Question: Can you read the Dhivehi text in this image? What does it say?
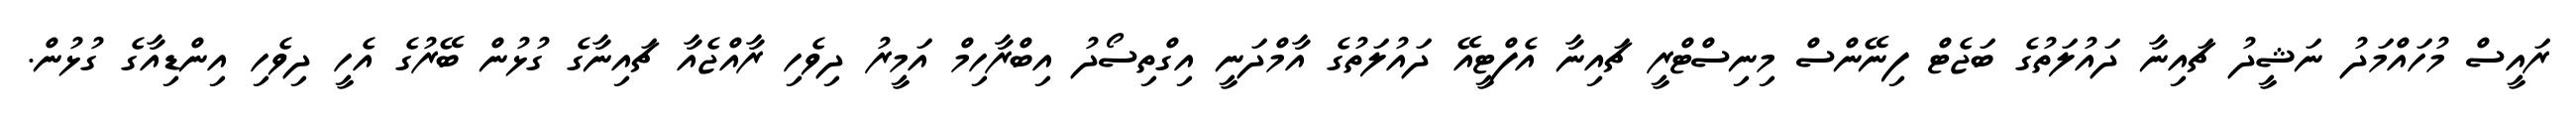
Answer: ރައީސް މުހައްމަދު ނަޝީދު ޗައިނާ ދައުލަތުގެ ބަޖެޓް ފިނޭންސް މިނިސްޓްރީ ޗައިނާ އެފްޓީއޭ ދައުލަތުގެ އާމްދަނީ އިގްތިސޯދު އިބްރާހިމް އަމީރު ދިވެހި ރާއްޖެއާ ޗައިނާގެ ގުޅުން ބޭރުގެ އެހީ ދިވެހި އިންޑިއާގެ ގުޅުން.